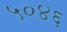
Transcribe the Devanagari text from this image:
५०४६